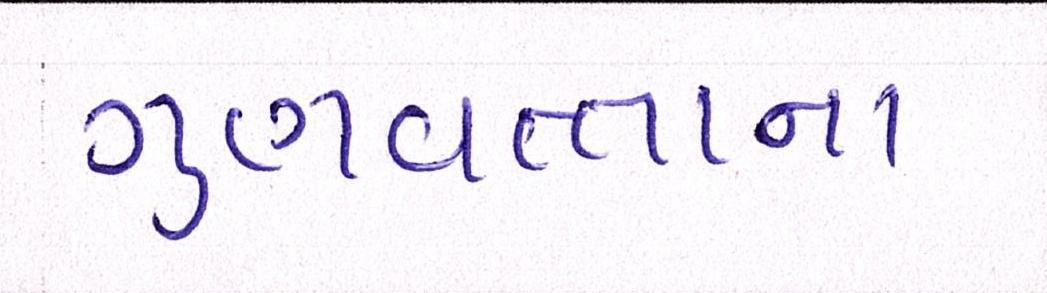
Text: ગુણવત્તાના